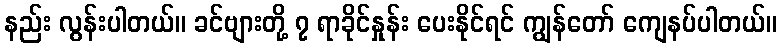
နည်း လွန်းပါတယ်။ ခင်ဗျားတို့ ၇ ရာခိုင်နှုန်း ပေးနိုင်ရင် ကျွန်တော် ကျေနပ်ပါတယ်။